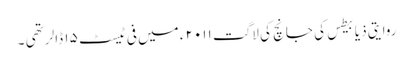
روایتی ذیابیطس کی جانچ کی لاگت ۲۰۱۱ ء میں فی ٹیسٹ ۱۵ ڈالر تھی ۔